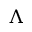
\Lambda